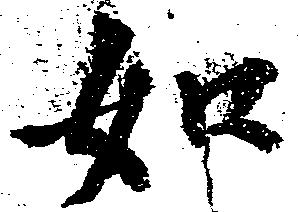
如